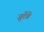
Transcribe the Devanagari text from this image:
जुटेंगे